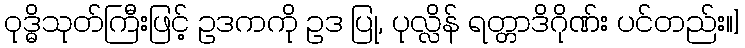
ဝုဒ္ဓိသုတ်ကြီးဖြင့် ဥဒကကို ဥဒ ပြု, ပုလ္လိန် ရတ္တာဒိဂိုဏ်း ပင်တည်း။]